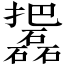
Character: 𱡓